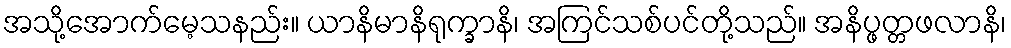
အသို့အောက်မေ့သနည်း။ ယာနိမာနိရုက္ခာနိ၊ အကြင်သစ်ပင်တို့သည်။ အနိပ္ဖတ္တဖလာနိ၊